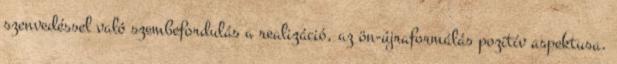
szenvedéssel való szembefordulás a realizáció, az ön-újraformálás pozitív aspektusa.